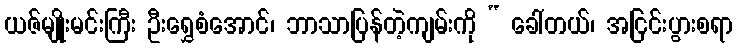
ယဇ်မျိုးမင်းကြီး ဦးရွှေစံအောင်၊ ဘာသာပြန်တဲ့ကျမ်းကို “ ခေါ်တယ်၊ အငြင်းပွားစရာ